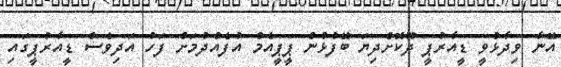
އޭނާ ވިދާޅުވީ ޑީއާރުޕީ ދޫކޮށްދިޔަ ބޭފުޅުން ޕީޕީއެމް އުފެއްދުމަށް ފަހު އަދިވެސް ޑީއާރުޕީގައި